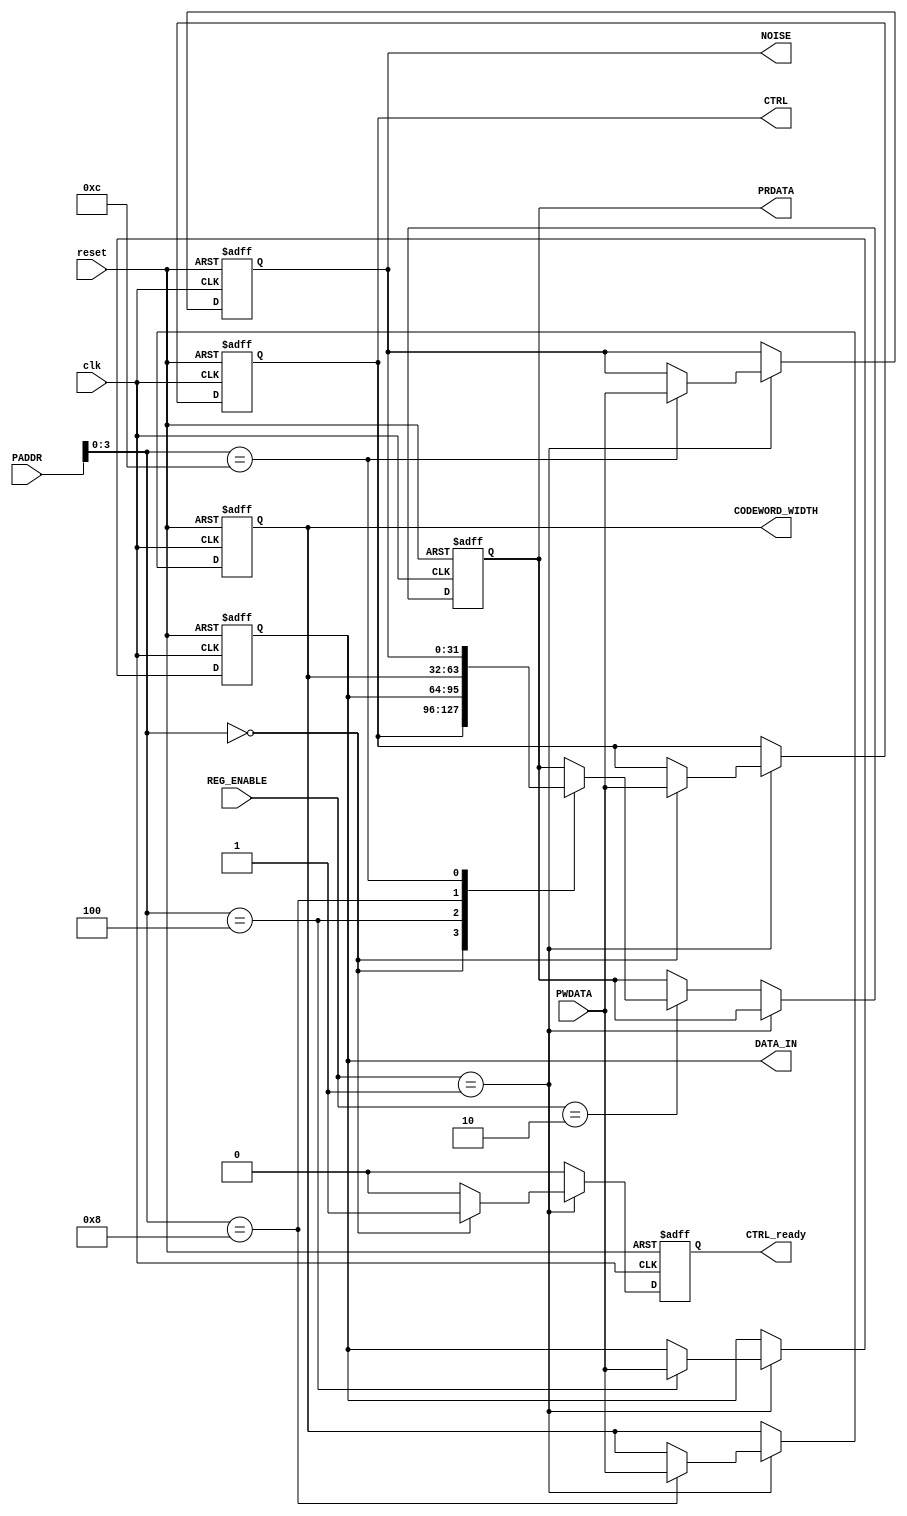
`resetall
`timescale 1ns/10ps
module Register_Bank #( 
parameter AMBA_WORD = 32,
parameter AMBA_ADDR_WIDTH = 20
)
   //I/O PORT DECLARTION
(
  input  wire                        clk,
  input  wire                        reset,
  input  wire  [AMBA_ADDR_WIDTH-1:0] PADDR,
  input  wire  [AMBA_WORD-1:0]       PWDATA,
  input  wire  [1:0]                 REG_ENABLE,
  
  output reg   [AMBA_WORD-1:0]       CTRL,
  output reg   [AMBA_WORD-1:0]       DATA_IN,
  output reg   [AMBA_WORD-1:0]       CODEWORD_WIDTH,
  output reg   [AMBA_WORD-1:0]       NOISE,
  
  output reg   [AMBA_WORD-1:0]       PRDATA,
  output reg                         CTRL_ready
  );
  
  always@(posedge clk or negedge reset)
  begin:loopi11
    if (!reset)
    begin
      CTRL <= 0;
      DATA_IN <= 0;
      CODEWORD_WIDTH <= 0;
      NOISE <= 0;
      CTRL_ready <= 0;
      PRDATA <= 0;
    end       
    
    else
    begin
      if      (REG_ENABLE == 2'b01)
        case (PADDR[3:0])
          4'b0000: begin
               CTRL            <= PWDATA;
               CTRL_ready      <=   1'b1;
               end
          4'b0100: begin
               DATA_IN         <= PWDATA;
               CTRL_ready      <=   1'b0;
               end 
          4'b1000: begin
               CODEWORD_WIDTH  <= PWDATA;
               CTRL_ready      <=   1'b0;
               end
          4'b1100: begin
               NOISE           <= PWDATA;
               CTRL_ready      <=   1'b0;
               end 
               default: CTRL_ready <= 1'b0; 
        endcase   
      else if (REG_ENABLE == 2'b10)
        case (PADDR[3:0])
          4'b0000: begin
               PRDATA          <= CTRL;
               CTRL_ready      <=   1'b0;
               end 
          4'b0100: begin
               PRDATA          <= DATA_IN;
               CTRL_ready      <=   1'b0;
               end  
          4'b1000: begin
               PRDATA          <= CODEWORD_WIDTH;
               CTRL_ready      <=   1'b0;
               end 
          4'b1100: begin
               PRDATA          <= NOISE;
               CTRL_ready      <=   1'b0;
               end 
           default: CTRL_ready <= 1'b0; 
        endcase
        else
          CTRL_ready      <=   1'b0;
    end
  end
endmodule